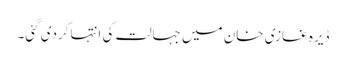
ڈیرہ غازی خان میں جہالت کی انتہاکردی گئی۔